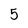
Character: 5